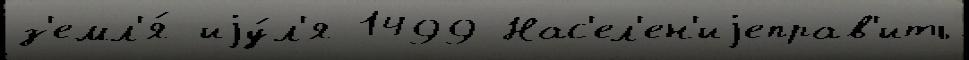
з'емл'я́ иjу́л'я 1499 Нас'ел'ен'иjеправ'ить